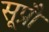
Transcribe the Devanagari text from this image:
सूप्रौ